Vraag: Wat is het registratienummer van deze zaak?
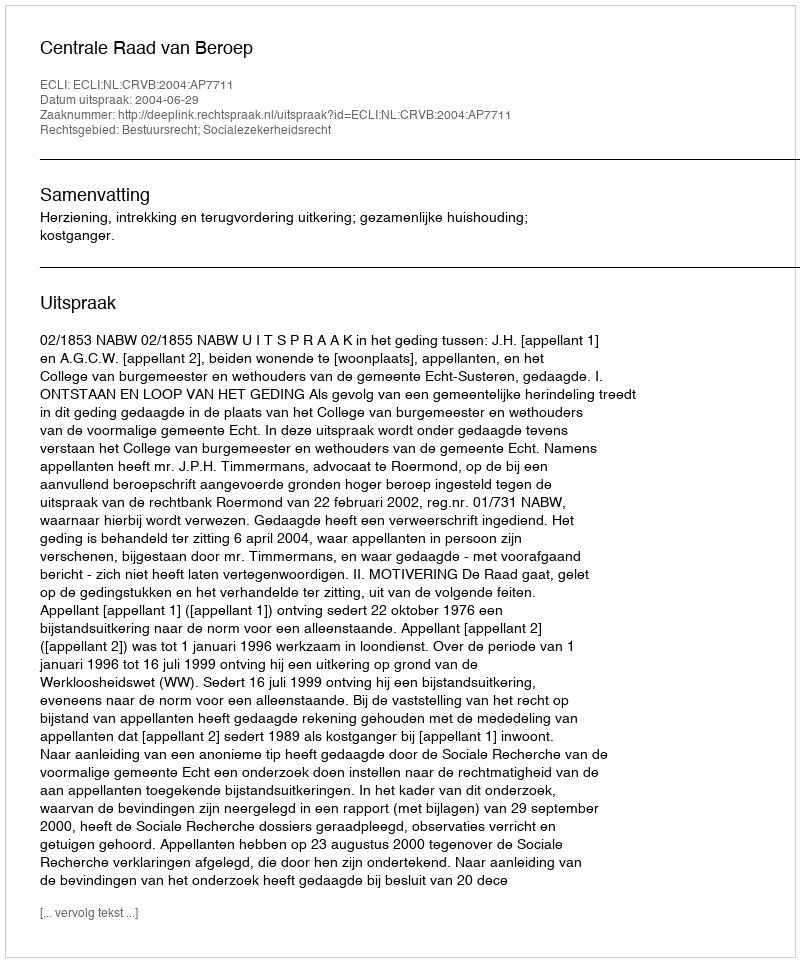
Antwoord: http://deeplink.rechtspraak.nl/uitspraak?id=ECLI:NL:CRVB:2004:AP7711